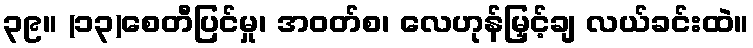
၃၉။ (၁၃)စေတီပြင်မှု၊ အဝတ်စ၊ လေဟုန်မြှင့်ချ လယ်ခင်းထဲ။